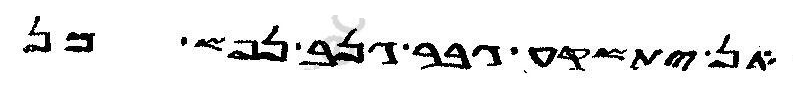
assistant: אן ישקע גבר גנב נפש מן